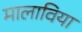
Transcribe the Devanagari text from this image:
मालाविया